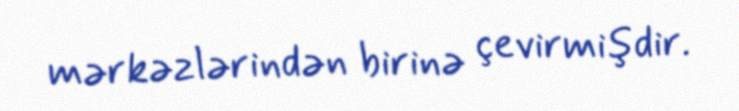
mərkəzlərindən birinə çevirmişdir.